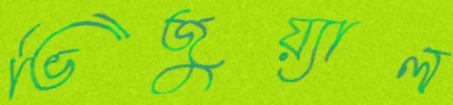
ভিজুয়্যাল